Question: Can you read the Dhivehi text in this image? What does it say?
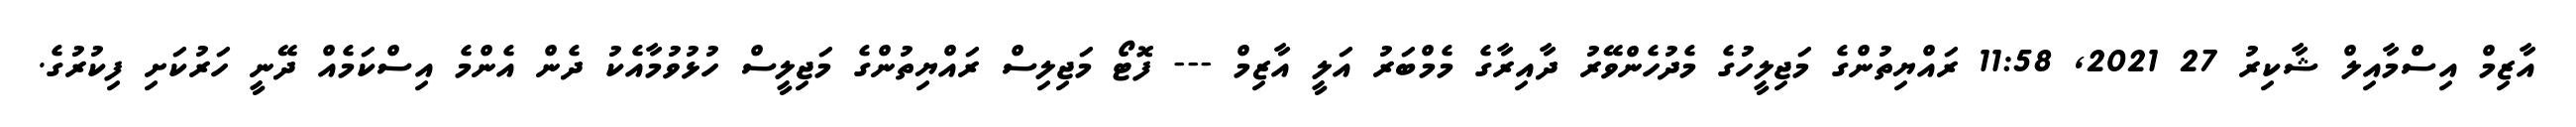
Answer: އާޒިމް އިސްމާއިލް ޝާކިރު 27 2021, 11:58 ރައްޔިތުންގެ މަޖިލީހުގެ މެދުހެންވޭރު ދާއިރާގެ މެމްބަރު އަލީ އާޒިމް --- ފޮޓޯ މަޖިލިސް ރައްޔިތުންގެ މަޖިލީސް ހުޅުވުމާއެކު ދެން އެންމެ އިސްކަމެއް ދޭނީ ހަރުކަށި ފިކުރުގެ.